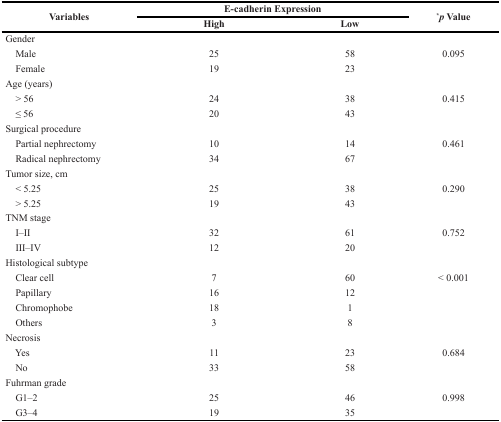
| <ROWSPAN=2> Variables | <COLSPAN=2> E-cadherin Expression | <ROWSPAN=2> *p Value |
 | High | Low |
 | --- | --- | --- | --- |
 | Gender |  |  |  |
 | Male | 25 | 58 | 0.095 |
 | Female | 19 | 23 |  |
 | Age (years) |  |  |  |
 | > 56 | 24 | 38 | 0.415 |
 | ≤ 56 | 20 | 43 |  |
 | Surgical procedure |  |  |  |
 | Partial nephrectomy | 10 | 14 | 0.461 |
 | Radical nephrectomy | 34 | 67 |  |
 | Tumor size, cm |  |  |  |
 | < 5.25 | 25 | 38 | 0.290 |
 | > 5.25 | 19 | 43 |  |
 | TNM stage |  |  |  |
 | I–II | 32 | 61 | 0.752 |
 | III–IV | 12 | 20 |  |
 | Histological subtype |  |  |  |
 | Clear cell | 7 | 60 | < 0.001 |
 | Papillary | 16 | 12 |  |
 | Chromophobe | 18 | 1 |  |
 | Others | 3 | 8 |  |
 | Necrosis |  |  |  |
 | Yes | 11 | 23 | 0.684 |
 | No | 33 | 58 |  |
 | Fuhrman grade |  |  |  |
 | G1–2 | 25 | 46 | 0.998 |
 | G3–4 | 19 | 35 |  |